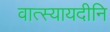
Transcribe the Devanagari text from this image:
वात्स्यायदीनि